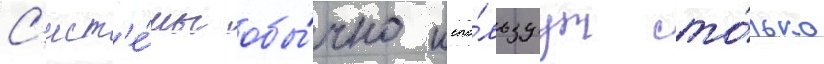
С'ист'е́мы обы́чно испо́льзуут то́лько